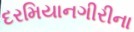
દરમિયાનગીરીના